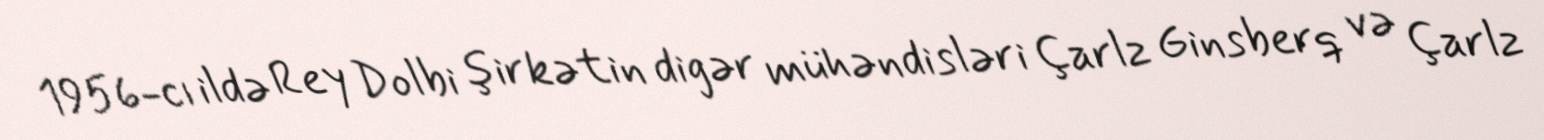
1956-cı ildə Rey Dolbi şirkətin digər mühəndisləri Çarlz Ginsberq və Çarlz